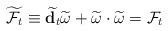
LaTeX: \begin{align*}\widetilde{{\cal F}_t} \equiv \widetilde{{\bf d}_t}\widetilde{\omega} +\widetilde{\omega} \cdot\widetilde{\omega} = {\cal F}_t \end{align*}